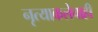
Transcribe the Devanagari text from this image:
नृत्याकलेचाही